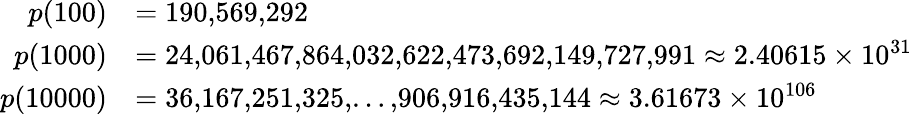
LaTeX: {\begin{array}{rl}{p(100)}&{=190,\! 569,\! 292}\\ {p(1000)}&{=24,\! 061,\! 467,\! 864,\! 032,\! 622,\! 473,\! 692,\! 149,\! 727,\! 991\approx 2.40615\times 10^{31}}\\ {p(10000)}&{=36,\! 167,\! 251,\! 325,\! \dots,\! 906,\! 916,\! 435,\! 144\approx 3.61673\times 10^{106}}\end{array}}